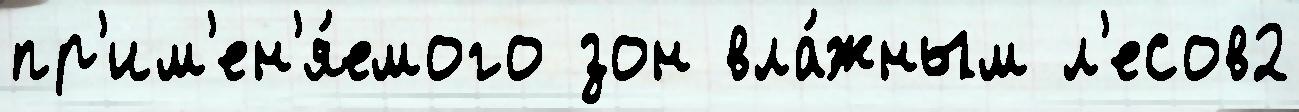
пр'им'ен'я́емого зон вла́жным л'есов2